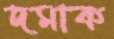
দমাক